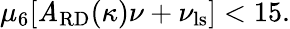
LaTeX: \mu_{6}[\mathit{A}_{\mathrm{{RD}}}(\kappa)\nu+\nu_{\mathrm{{ls}}}]<15.